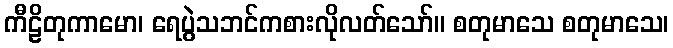
ကီဠိတုကာမော၊ ရေပွဲသဘင်ကစားလိုလတ်သော်။ စတုမာသေ စတုမာသေ၊